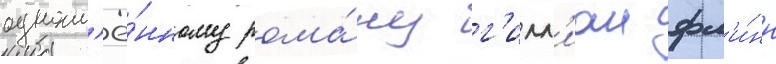
одноим'ё́нному рома́ну г'илл'иан фл'и́нн